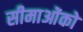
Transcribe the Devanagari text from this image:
सीमाओंको